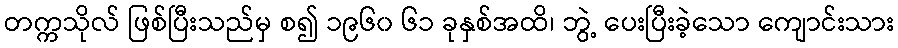
တက္ကသိုလ် ဖြစ်ပြီးသည်မှ စ၍ ၁၉၆၀ ၆၁ ခုနှစ်အထိ၊ ဘွဲ့ ပေးပြီးခဲ့သော ကျောင်းသား